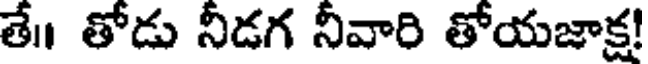
తే॥ తోడు నీడగ నీవారి తోయజాక్ష!